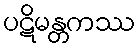
ပဋိမန္တကဿ